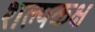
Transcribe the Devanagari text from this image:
शल्यकक्ष